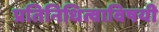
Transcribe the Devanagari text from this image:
प्रतिनिधित्वाविषयी